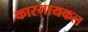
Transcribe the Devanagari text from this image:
कारमायकल